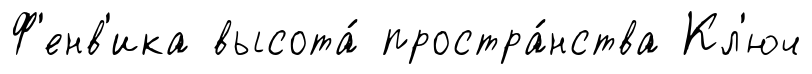
Ф'енв'ика высота́ простра́нства Кл'юч